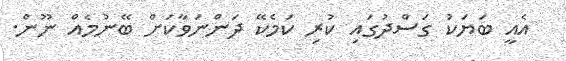
އެއީ ބަޔަކު ގަސްދުގައި ކުރި ކަމެކޭ ދަންނަވާކަށް ބޭނުމެއް ނޫން.